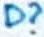
Text: D?